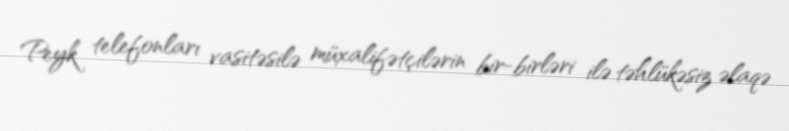
Peyk telefonları vasitəsilə müxalifətçilərin bir-birləri ilə təhlükəsiz əlaqə